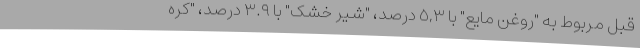
قبل مربوط به "روغن مایع" با ٥,٣ درصد، "شیر خشک" با ٣.٩ درصد، "کره